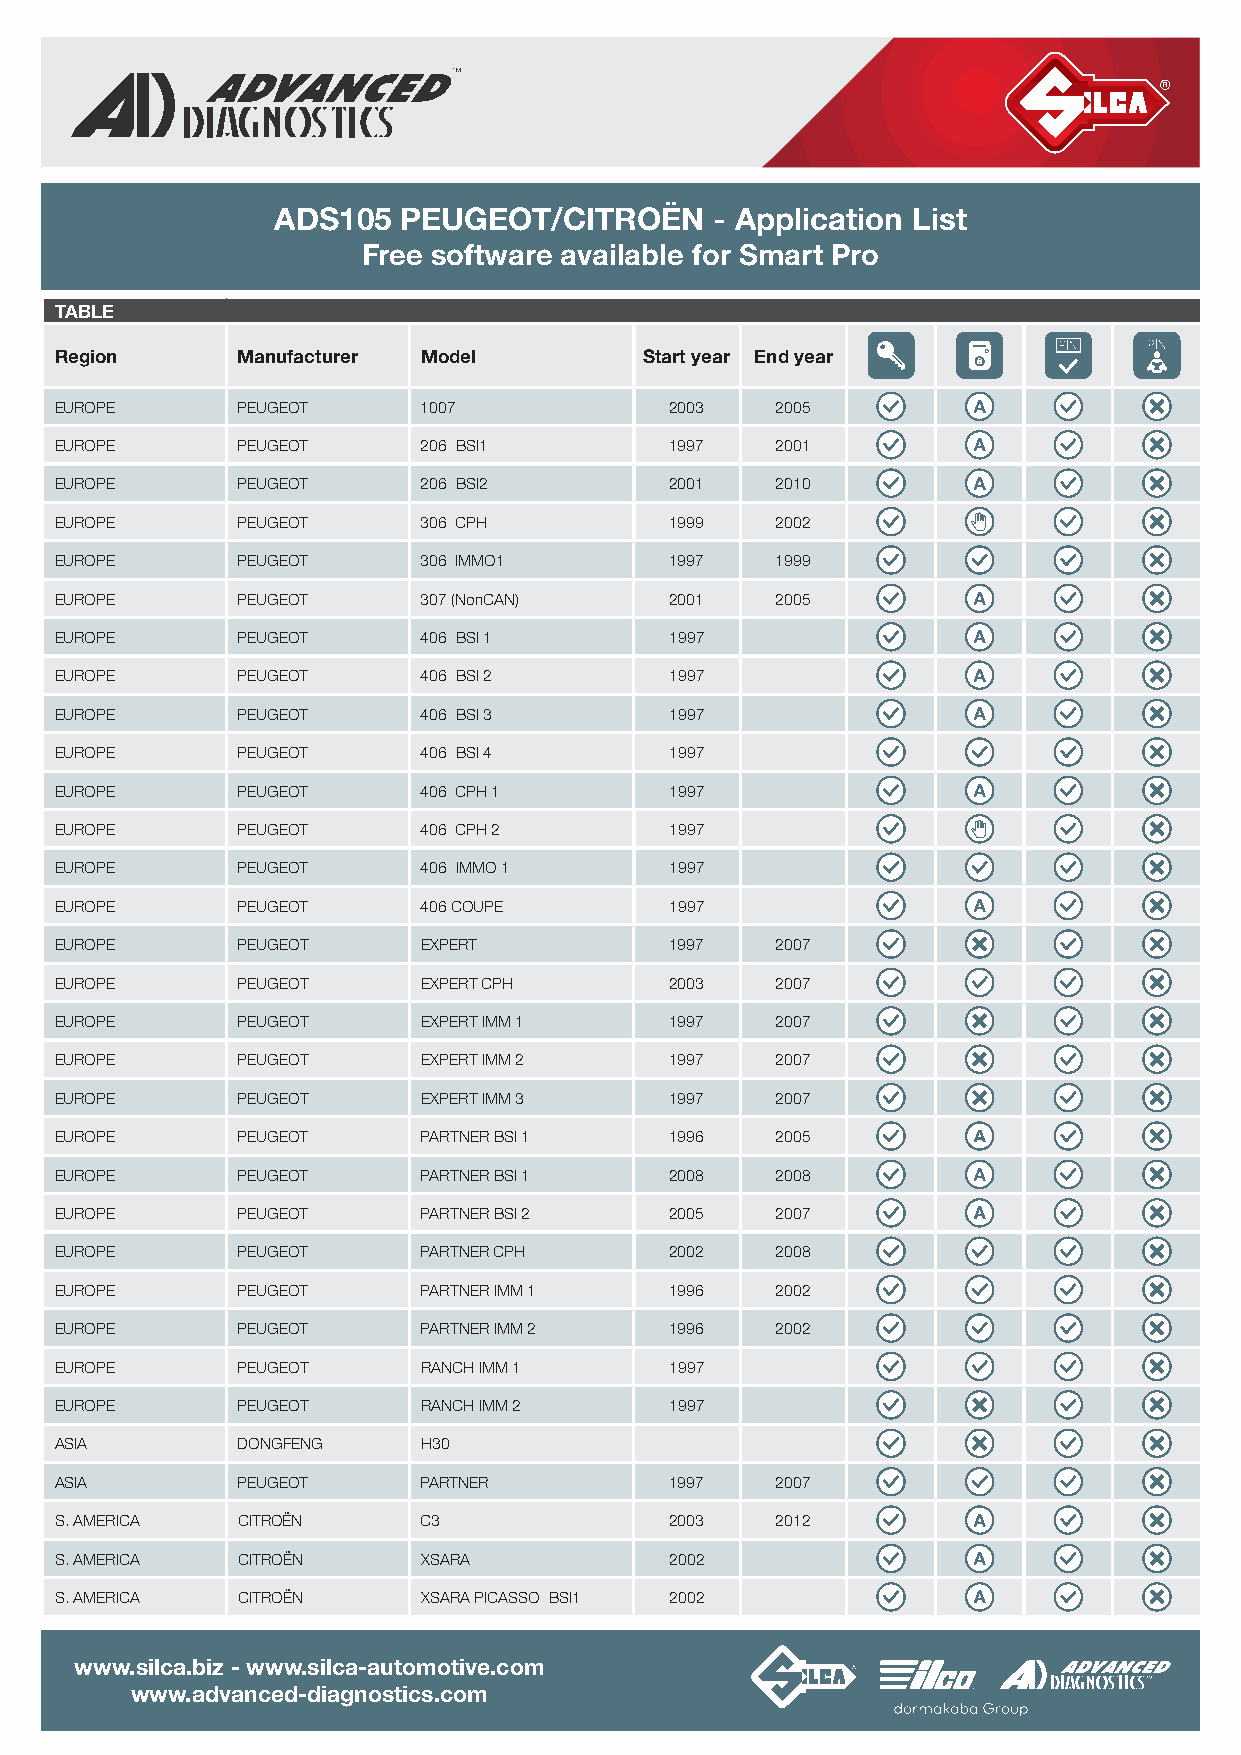
ADS105  PEUGEOT/CITROËN      - Application List
 Free software available for Smart Pro
 TABLE
 Region      Manufacturer Model         Start year End year
 EUROPE      PEUGEOT     1007            2003   2005
 EUROPE      PEUGEOT     206 BSI1        1997   2001
 EUROPE      PEUGEOT     206 BSI2        2001   2010
 EUROPE      PEUGEOT     306 CPH         1999   2002
 EUROPE      PEUGEOT     306 IMMO1       1997   1999
 EUROPE      PEUGEOT     307 (NonC AN)   2001   2005
 EUROPE      PEUGEOT     406 BSI 1       1997
 EUROPE      PEUGEOT     406 BSI 2       1997
 EUROPE      PEUGEOT     406 BSI 3       1997
 EUROPE      PEUGEOT     406 BSI 4       1997
 EUROPE      PEUGEOT     406 CPH 1       1997
 EUROPE      PEUGEOT     406 CPH 2       1997
 EUROPE      PEUGEOT     406 IMMO 1      1997
 EUROPE      PEUGEOT     406 COUPE       1997
 EUROPE      PEUGEOT     EXPERT          1997   2007
 EUROPE      PEUGEOT     EXPERT CPH      2003   2007
 EUROPE      PEUGEOT     EXPERT IMM 1    1997   2007
 EUROPE      PEUGEOT     EXPERT IMM 2    1997   2007
 EUROPE      PEUGEOT     EXPERT IMM 3    1997   2007
 EUROPE      PEUGEOT     PARTNER BSI 1   1996   2005
 EUROPE      PEUGEOT     PARTNER BSI 1   2008   2008
 EUROPE      PEUGEOT     PARTNER BSI 2   2005   2007
 EUROPE      PEUGEOT     PARTNER CPH     2002   2008
 EUROPE      PEUGEOT     PARTNER IMM 1   1996   2002
 EUROPE      PEUGEOT     PARTNER IMM 2   1996   2002
 EUROPE      PEUGEOT     RANCH IMM 1     1997
 EUROPE      PEUGEOT     RANCH IMM 2     1997
 ASIA        DONGFENG    H30
 ASIA        PEUGEOT     PARTNER         1997   2007
 S. AMERICA  CITROËN     C3              2003   2012
 S. AMERICA  CITROËN     XSARA           2002
 S. AMERICA  CITROËN     XSARA PICASSO BSI1 2002
 www.silca.biz - www.silca-automotive.com
 www.advanced-diagnostics.com